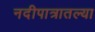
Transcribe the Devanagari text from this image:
नदीपात्रातल्या